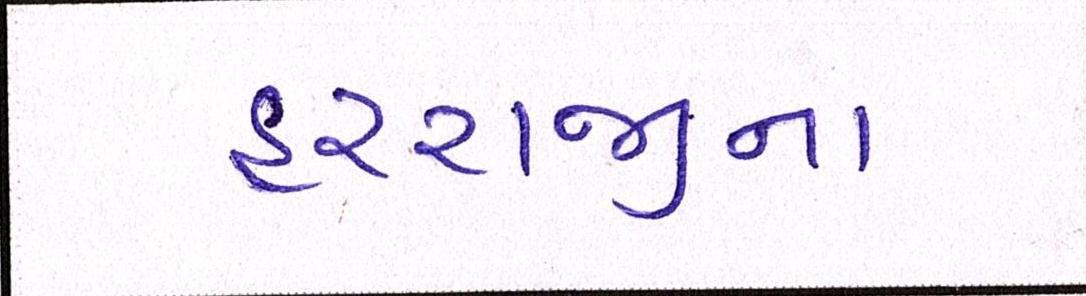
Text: હરરાજીના